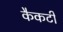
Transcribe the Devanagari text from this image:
कैकटी